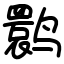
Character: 鹮